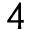
4